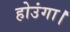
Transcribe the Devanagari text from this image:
होउंगा।